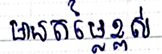
មានតម្លៃខ្ពស់